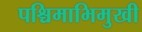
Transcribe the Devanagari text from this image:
पश्चिमाभिमुखी